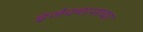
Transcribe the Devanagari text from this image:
इंजेक्शन्सच्या